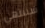
سننتهي